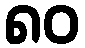
၈၀